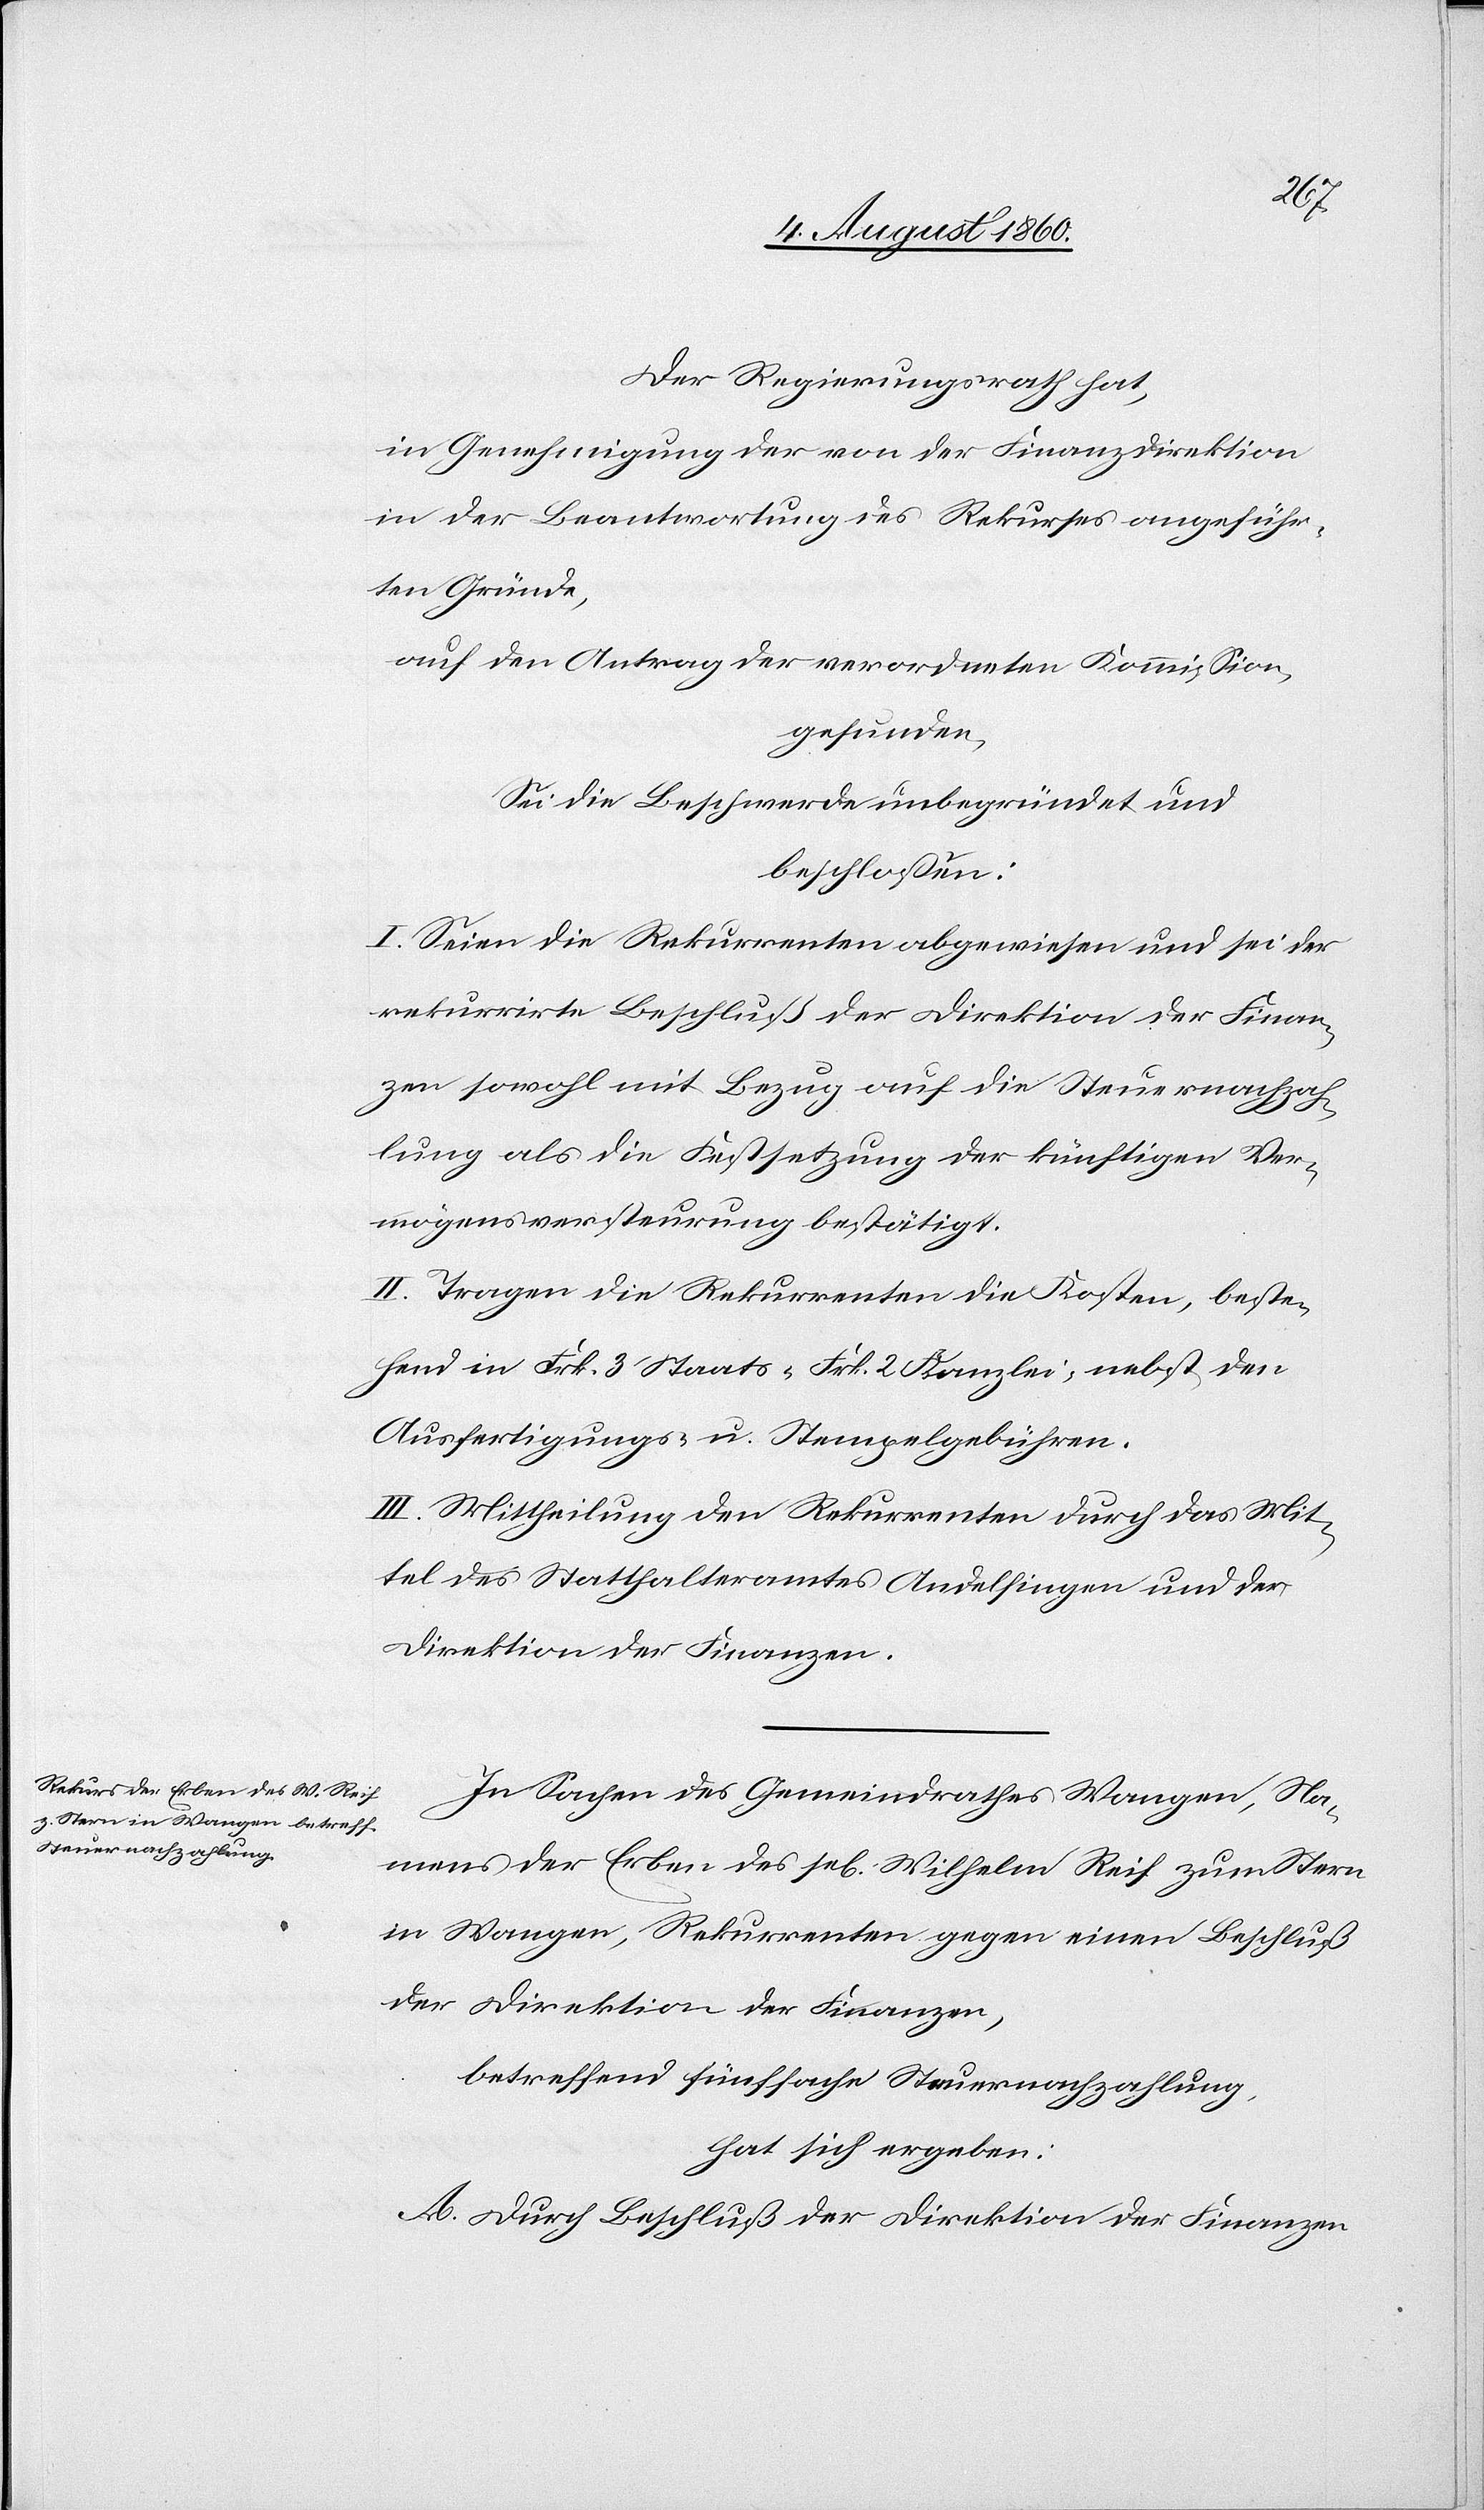
Der Regierungsrath hat,
in Genehmigung der von der Finanzdirektion
in der Beantwortung des Rekurses angeführ¬
ten Gründe,
auf den Antrag der verordneten Kommission,
gefunden,
Sei die Beschwerde unbegründet und
beschlossen:
I. Seien die Rekurrenten abgewiesen und sei der
rekurrirte Beschluß der Direktion der Finan¬
zen sowohl mit Bezug auf die Steuernachzah¬
lung als die Festsetzung der künftigen Ver¬
mögensversteuerung bestätigt.
II. Tragen die Rekurrenten die Kosten beste¬
hend in Frk. 3 Staats- Frk. 2 Kanzlei- nebst den
Ausfertigungs- u. Stempelgebühren.
III. Mittheilung den Rekurrenten durch das Mit¬
tel des Statthalteramtes Andelfingen & der
Direktion der Finanzen.
In Sachen des Gemeindrathes Wangen, Na¬
mens der Erben des sel. Wilhelm Reif zum Stern
in Wangen, Rekurrenten gegen einen Beschluss
der Direktion der Finanzen,
betreffend fünffache Steuernachzahlung
hat sich ergeben:
A. Durch Beschluss der Direktion der Finanzen